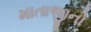
માતાજીનો